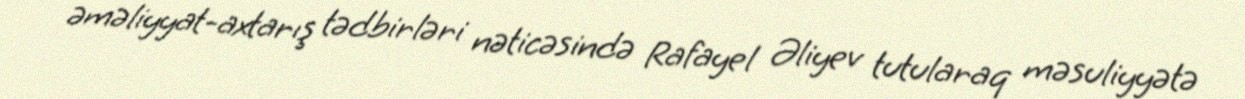
əməliyyat-axtarış tədbirləri nəticəsində Rafayel Əliyev tutularaq məsuliyyətə